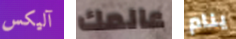
آليكس عالمك ينام